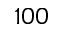
1 0 0